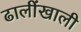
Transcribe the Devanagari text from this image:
ढालींखाली